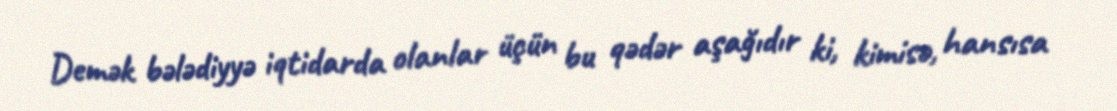
Demək bələdiyyə iqtidarda olanlar üçün bu qədər aşağıdır ki, kimisə, hansısa